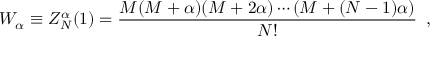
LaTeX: W _ { \alpha } \equiv Z _ { N } ^ { \alpha } ( 1 ) = \frac { M ( M + \alpha ) ( M + 2 \alpha ) \cdots ( M + ( N - 1 ) \alpha ) } { N ! } \, \, \, ,